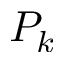
P _ { k }